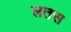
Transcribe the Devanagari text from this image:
लतस